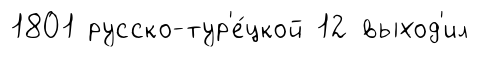
1801 русско-тур'е́цкой 12 выход'ил